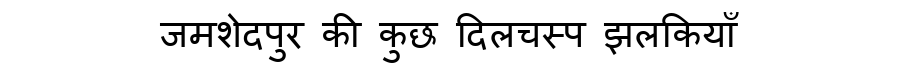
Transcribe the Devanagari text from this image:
जमशेदपुर की कुछ दिलचस्प झलकियाँ